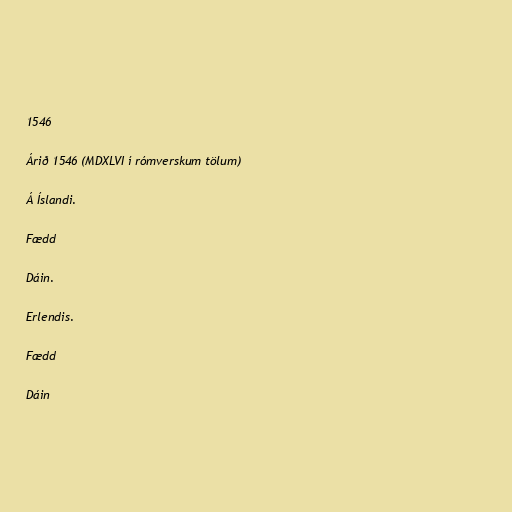
1546

Árið 1546 (MDXLVI í rómverskum tölum)

Á Íslandi.

Fædd

Dáin.

Erlendis.

Fædd

Dáin